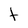
Character: t